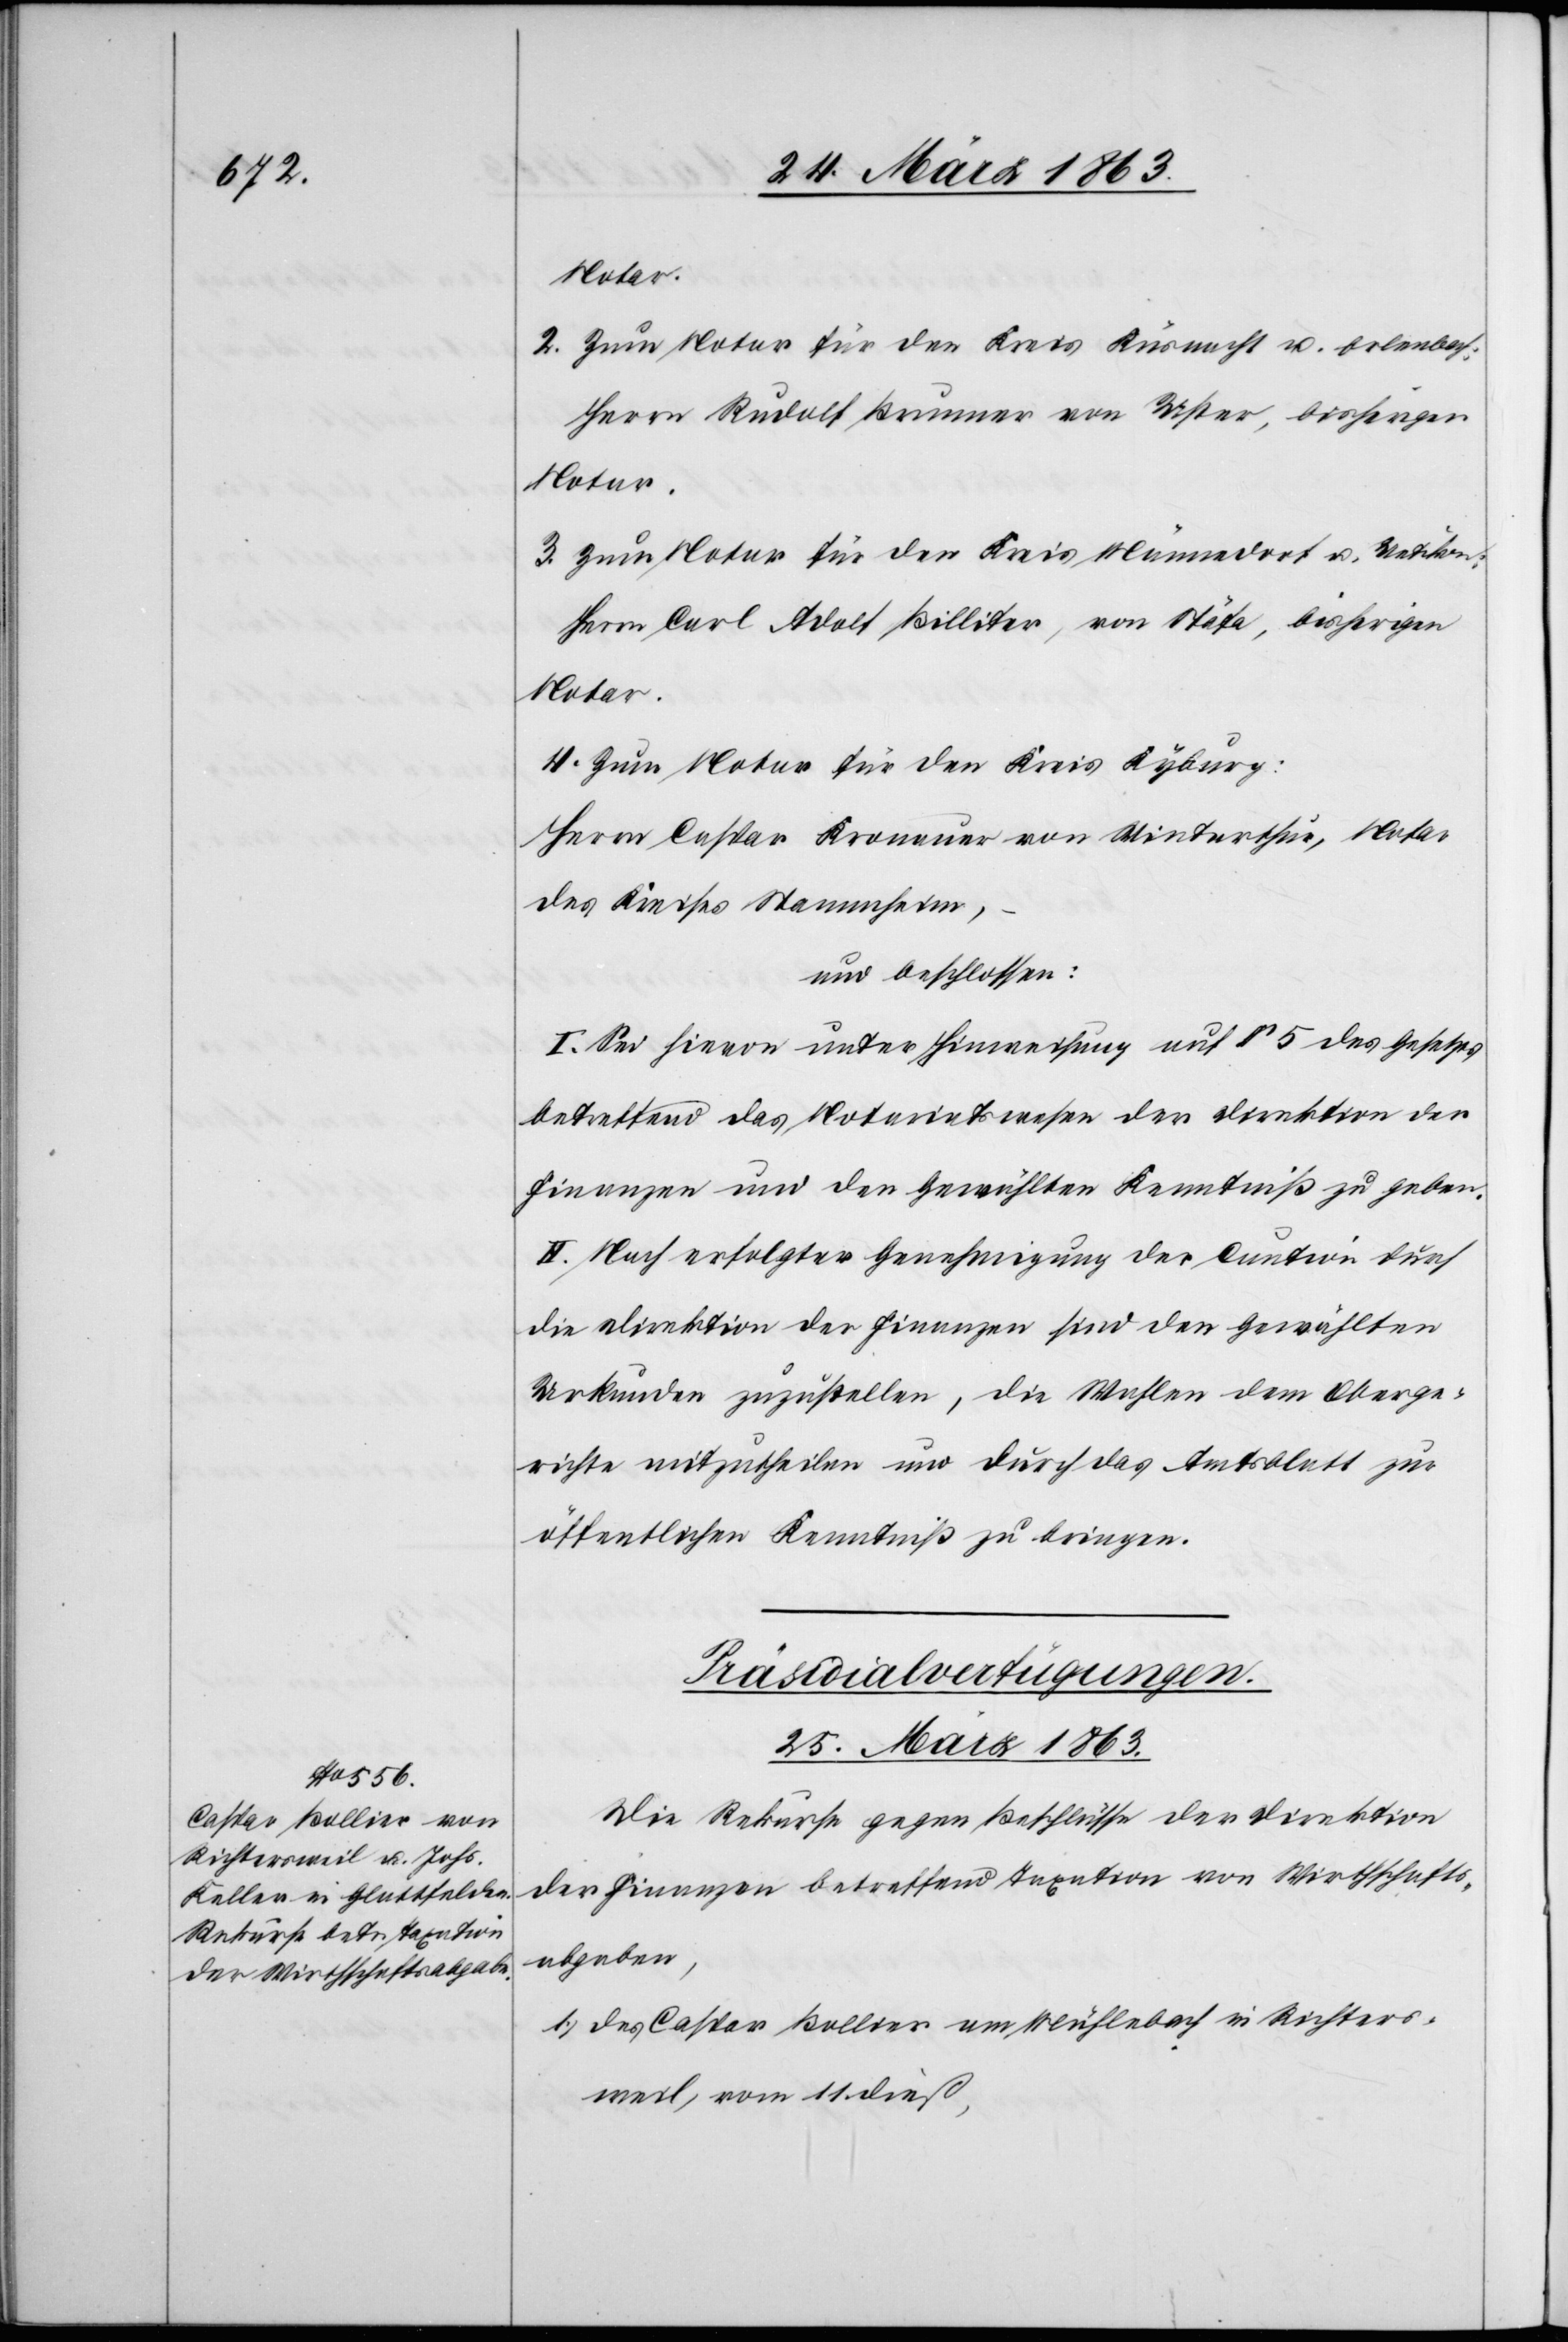
2. Zum Notar für den Kreis Küsnacht u. Erlenbach:
Herrn Rudolf Brunner von Uster, bisherigen
Notar.
3. Zum Notar für den Kreis Männedorf u. Uetikon:
Herrn Carl Adolf Billiger, von Stäfa, bisherigen
Notar.
4. Zum Notar für den Kreis Kyburg:
Herrn Caspar Kronauer von Winterthur, Notar
des Kreises Stammheim,
und beschlossen:
I. Sei hievon unter Hinweisung auf § 5 des Gesetzes
betreffend das Notariatswesen der Direktion der
Finanzen und den Gewählten Kenntniß zu geben.
II. Nach erfolgter Genehmigung der Caution durch
die Direktion der Finanzen sind den Gewählten
Urkunden zuzustellen, die Wahlen dem Oberge¬
richte mitzutheilen und durch das Amtsblatt zur
öffentlichen Kenntniß zu bringen.
Präsidialverfügungen.
25. März 1863.
Die Rekurse gegen Beschlüsse der Direktion
der Finanzen betreffend Taxation von Wirthschafts¬
abgaben,
1.) des Caspar Bollier am Mühlebach in Richters¬
weil, vom 11. dieß,